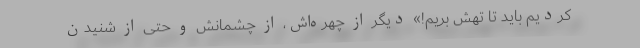
کردیم باید تا تهش بریم!» دیگر از چهره‌اش، از چشمانش و حتی از شنیدن